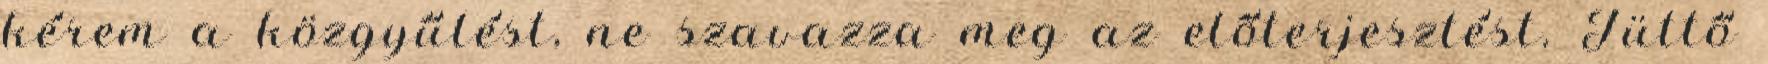
kérem a közgyűlést, ne szavazza meg az előterjesztést. Tüttő